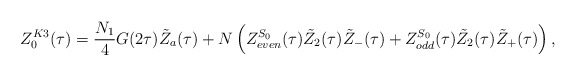
\begin{align*}Z^{K3}_0(\tau)=\frac{N_1}{4}G(2\tau){\tilde Z}_a(\tau)+N\left(Z^{S_{0}}_{even}(\tau){\tilde Z}_2(\tau){\tilde Z}_-(\tau)+Z^{S_{0}}_{odd}(\tau){\tilde Z}_2(\tau){\tilde Z}_+(\tau)\right),\end{align*}